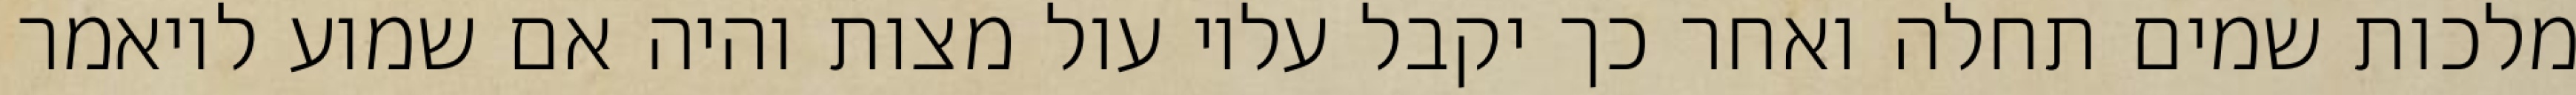
מלכות שמים תחלה ואחר כך יקבל עליו עול מצות והיה אם שמוע לויאמר